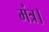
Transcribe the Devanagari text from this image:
मंत्र।